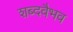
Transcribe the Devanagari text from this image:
शब्दवैभव